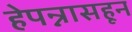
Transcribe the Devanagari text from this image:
हेपन्नासहून